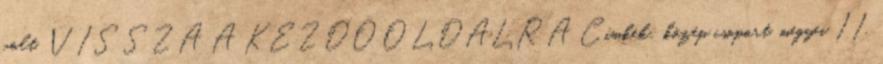
volt. VISSZA A KEZDŐOLDALRA Címkék: közép csoport, megyei II,